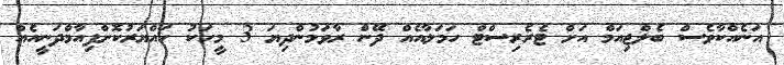
އަނެއްކާވެސް ބެލްޖިއަމް އަށް ޓެރެރިސްޓް ހަމަލާއެއް ދޭން ރާވަމުންދިޔަ 3 މީހަކު ހައްޔަރުކޮށްފިއާމްދަނީއެއް